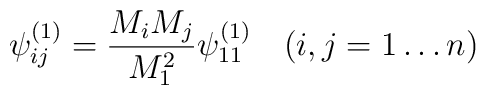
\psi^{(1)}_{ij}=\frac{M_iM_j}{M_1^2}\psi^{(1)}_{11}\quad (i,j=1\dots n)